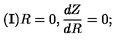
{ \bf { ( I ) } } R = 0 , \frac { d Z } { d R } = 0 ;